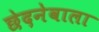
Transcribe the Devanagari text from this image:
छेदनेवाला